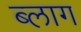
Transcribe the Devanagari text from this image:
ब्‍लाग